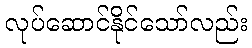
လုပ်ဆောင်နိုင်သော်လည်း